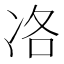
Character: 𠗂